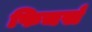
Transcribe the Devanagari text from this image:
फिचर्स